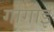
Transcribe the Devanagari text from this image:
गोगोइ